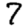
Digit: 7